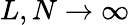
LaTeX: L,N\to\infty